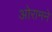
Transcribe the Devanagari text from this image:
ओरामने